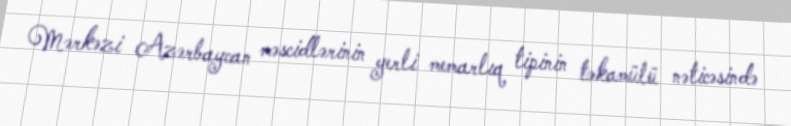
Mərkəzi Azərbaycan məscidlərinin yerli memarlıq tipinin təkamülü nəticəsində